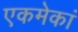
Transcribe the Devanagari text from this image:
एकमेकां